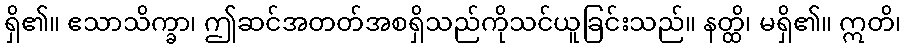
ရှိ၏။ ဧသာသိက္ခာ၊ ဤဆင်အတတ်အစရှိသည်ကိုသင်ယူခြင်းသည်။ နတ္ထိ၊ မရှိ၏။ ဣတိ၊